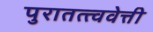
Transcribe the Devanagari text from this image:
पुरातत्त्ववेत्ती